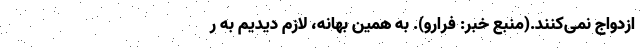
ازدواج نمی‌کنند.(منبع خبر: فرارو). به همین بهانه، لازم دیدیم به ر